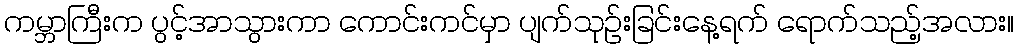
ကမ္ဘာကြီးက ပွင့်အာသွားကာ ကောင်းကင်မှာ ပျက်သုဉ်းခြင်းနေ့ရက် ရောက်သည့်အလား။